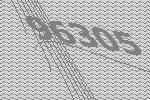
96305